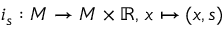
i _ { s } : M \to M \times \mathbb { R } , \, x \mapsto ( x , s )